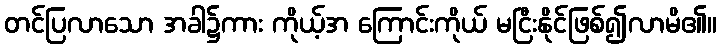
တင်ပြလာသော အခါ၌ကား ကိုယ့်အ ကြောင်းကိုယ် မငြီးနိုင်ဖြစ်၍လာမိ၏။